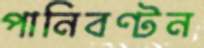
পানিবণ্টন